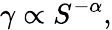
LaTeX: \gamma\propto S^{-\alpha},